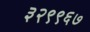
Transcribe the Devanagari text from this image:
३२९९६७